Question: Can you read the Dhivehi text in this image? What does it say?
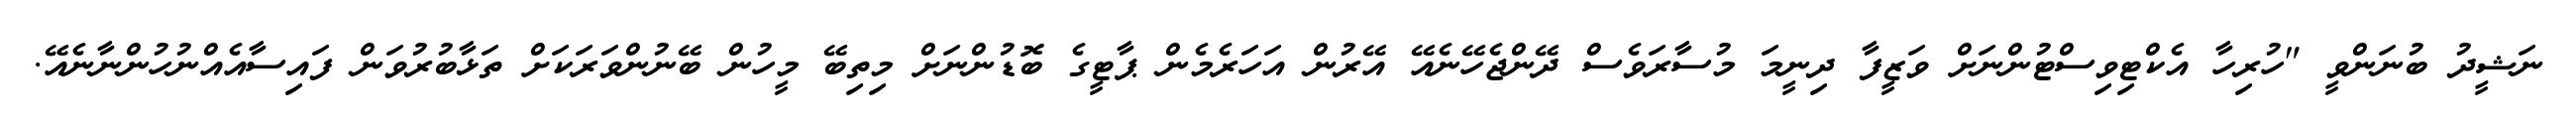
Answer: ނަޝީދު ބުނަންވީ "ހުރިހާ އެކްޓިވިސްޓުންނަށް ވަޒީފާ ދިނީމަ މުސާރަވެސް ދޭންޖެހޭނެއޭ އޭރުން އަހަރެމެން ޕާޓީގެ ބޮޑުންނަށް މިތިބޭ މީހުން ބޭނުންވަރަކަށް ތަޅާބުރުވަން ފައިސާއެއްނުހުންނާނެއޭ.